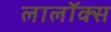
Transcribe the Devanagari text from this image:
लालॉक्स